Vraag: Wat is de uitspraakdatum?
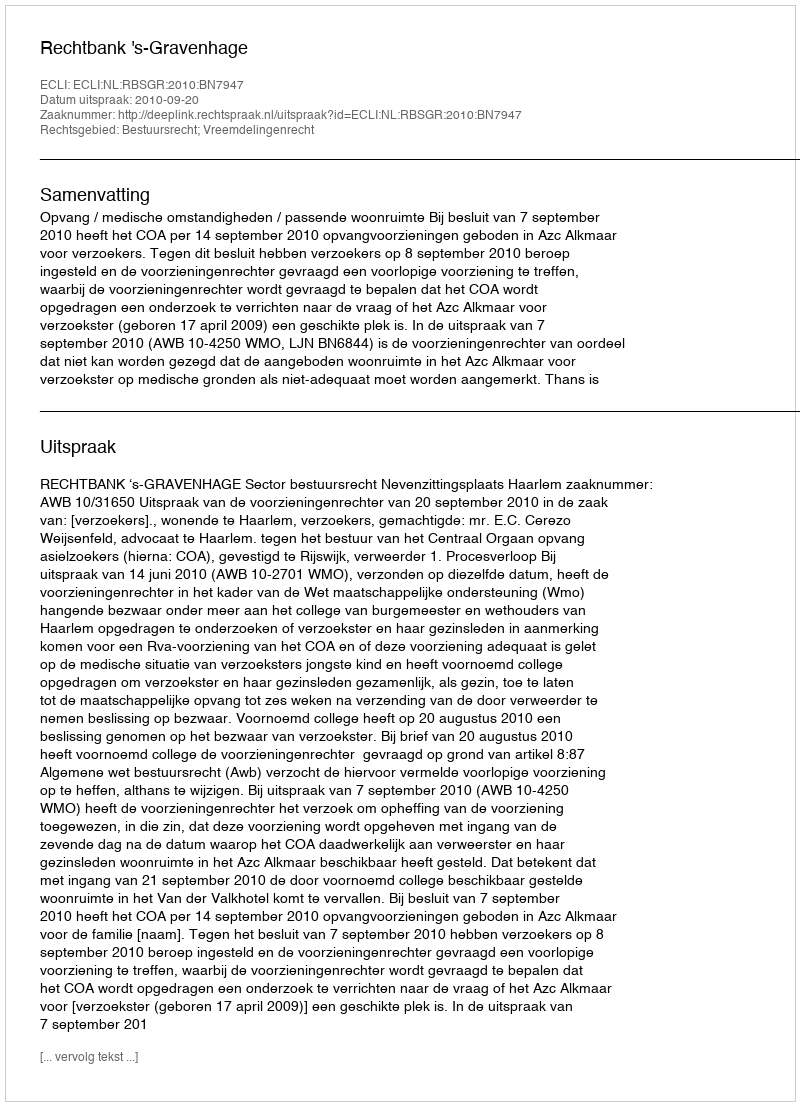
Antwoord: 2010-09-20